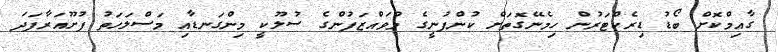
ގާއިމްކޮށް ބޯޑު ޑިރެކްޓަރުން ހިމެނޭގޮތަށް ކުންފުނީގެ މުވައްޒަފުންގެ ސުލޫކީ މިންގަނޑާއި މަސްލަހަތު ފުށޫއަރާފަދަ